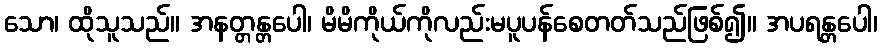
သော၊ ထိုသူသည်။ အနတ္တန္တပေါ၊ မိမိကိုယ်ကိုလည်းမပူပန်စေတတ်သည်ဖြစ်၍။ အပရန္တပေါ၊